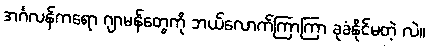
အင်္ဂလန်ကရော ဂျာမန်တွေကို ဘယ်လောက်ကြာကြာ ခုခံနိုင်မတဲ့ လဲ။